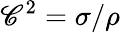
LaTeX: \mathscr{C}^{2}=\sigma/\rho